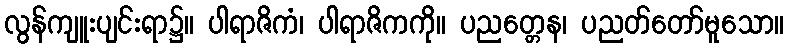
လွန်ကျူးပျင်းရာ၌။ ပါရာဇိကံ၊ ပါရာဇိကကို။ ပညတ္တေန၊ ပညတ်တော်မူသော။